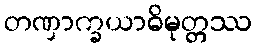
တဏှာက္ခယာဓိမုတ္တဿ